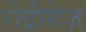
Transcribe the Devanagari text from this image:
रोद्रीगेज़